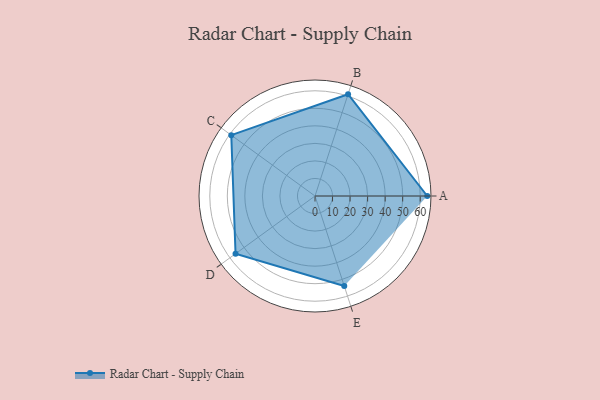
{"axis": {"x": "Skill", "y": "Score"}, "legend": ["Profile"], "data": [{"x": "A", "y": 64.0, "type": "Profile"}, {"x": "B", "y": 61.0, "type": "Profile"}, {"x": "C", "y": 59.0, "type": "Profile"}, {"x": "D", "y": 56.0, "type": "Profile"}, {"x": "E", "y": 54.0, "type": "Profile"}]}